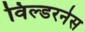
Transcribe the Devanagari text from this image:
विल्डरनेस